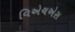
વિએચએસ